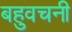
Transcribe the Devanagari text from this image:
बहुवचनी